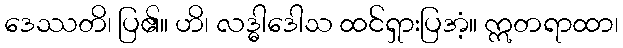
ဒေဿတိ၊ ပြ၏။ ဟိ၊ လဒ္ဓါဒေါသ ထင်ရှားပြအံ့။ ဣတရာထာ၊